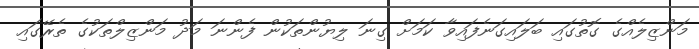
މަންޒިލެއްގެ ގޮތުގައި ބަލައިގަނެފައިވާ ކަމަށް ގިނަ ލިޔުންތަކުން ފެންނަ މަދު މަންޒިލްތަކުގެ ތެރޭގައި